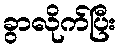
ခွာလိုက်ပြီး